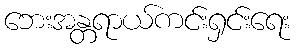
ဘေးအန္တရာယ်ကင်းရှင်းရေး